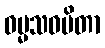
ဓမ္မသဝပိတာ